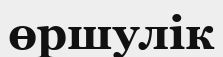
өршулік